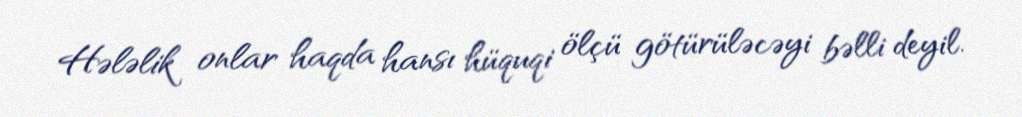
Hələlik onlar haqda hansı hüquqi ölçü götürüləcəyi bəlli deyil.